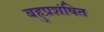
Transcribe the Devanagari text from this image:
बहुप्रशंषित